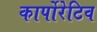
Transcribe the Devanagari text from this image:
कार्पोरेटिव